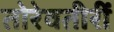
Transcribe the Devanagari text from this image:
तोरेवतीरीं